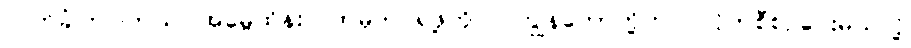
လက်ခံကြပါတယ်၊ အမွေထိန်းလက်မှတ် ရဖို့ကိုလဲ ကျွန်တော်တို့ကပဲ လိုက်စီစဉ်ပေးမယ်လို့